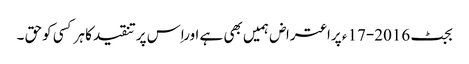
بجٹ 2016-17 ء پراعتراض ہمیں بھی ہے اوراِس پرتنقیدکا ہرکسی کوحق ۔